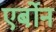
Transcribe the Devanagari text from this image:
एर्बोन